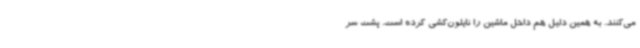
می‌کنند. به همین دلیل هم داخل ماشین را نایلون‌کشی کرده است. پشت سر